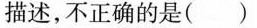
描述，不正确的是()